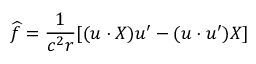
\widehat { f } = \frac 1 { c ^ { 2 } r } [ ( u \cdot X ) u ^ { \prime } - ( u \cdot u ^ { \prime } ) X ]